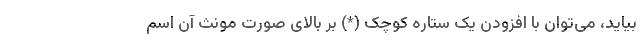
بیاید، می‌توان با افزودن یک ستاره کوچک (*) بر بالای صورت مونث آن اسم